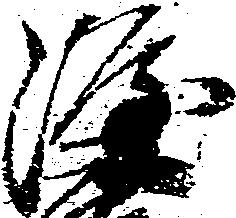
隆